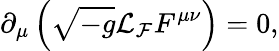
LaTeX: \partial_{\mu}\left(\sqrt{-g}\mathcal{L}_{\mathcal{F}}F^{\mu\nu}\right)=0,